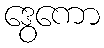
ဒွေကော